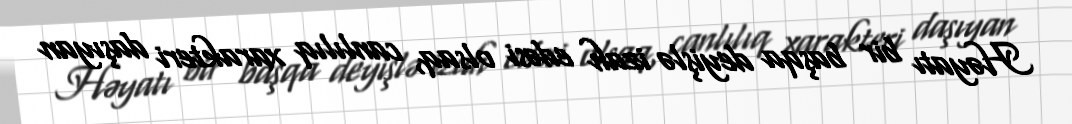
Həyatı bir başqa deyişlə izah edəsi olsaq, canlılıq xarakteri daşıyan